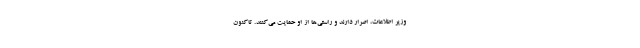
وزیر اطلاعات، اصرار دارند و راستى‌ها از او حمایت مى‌كنند. تاكنون